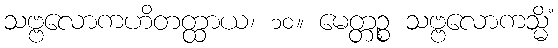
သဗ္ဗလောကဟိတတ္ထာယ၊ ၁၀။ မေတ္တဉ္စ သဗ္ဗလောကသ္မိံ